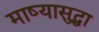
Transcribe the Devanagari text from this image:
माष्यासुद्धा